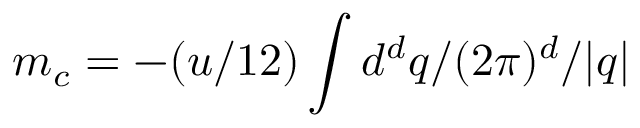
m _ { c } = - ( u / 1 2 ) \int d ^ { d } { \boldsymbol { q } } / ( 2 \pi ) ^ { d } / | { \boldsymbol { q } } |